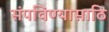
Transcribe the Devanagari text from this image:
संपविण्यासाठि